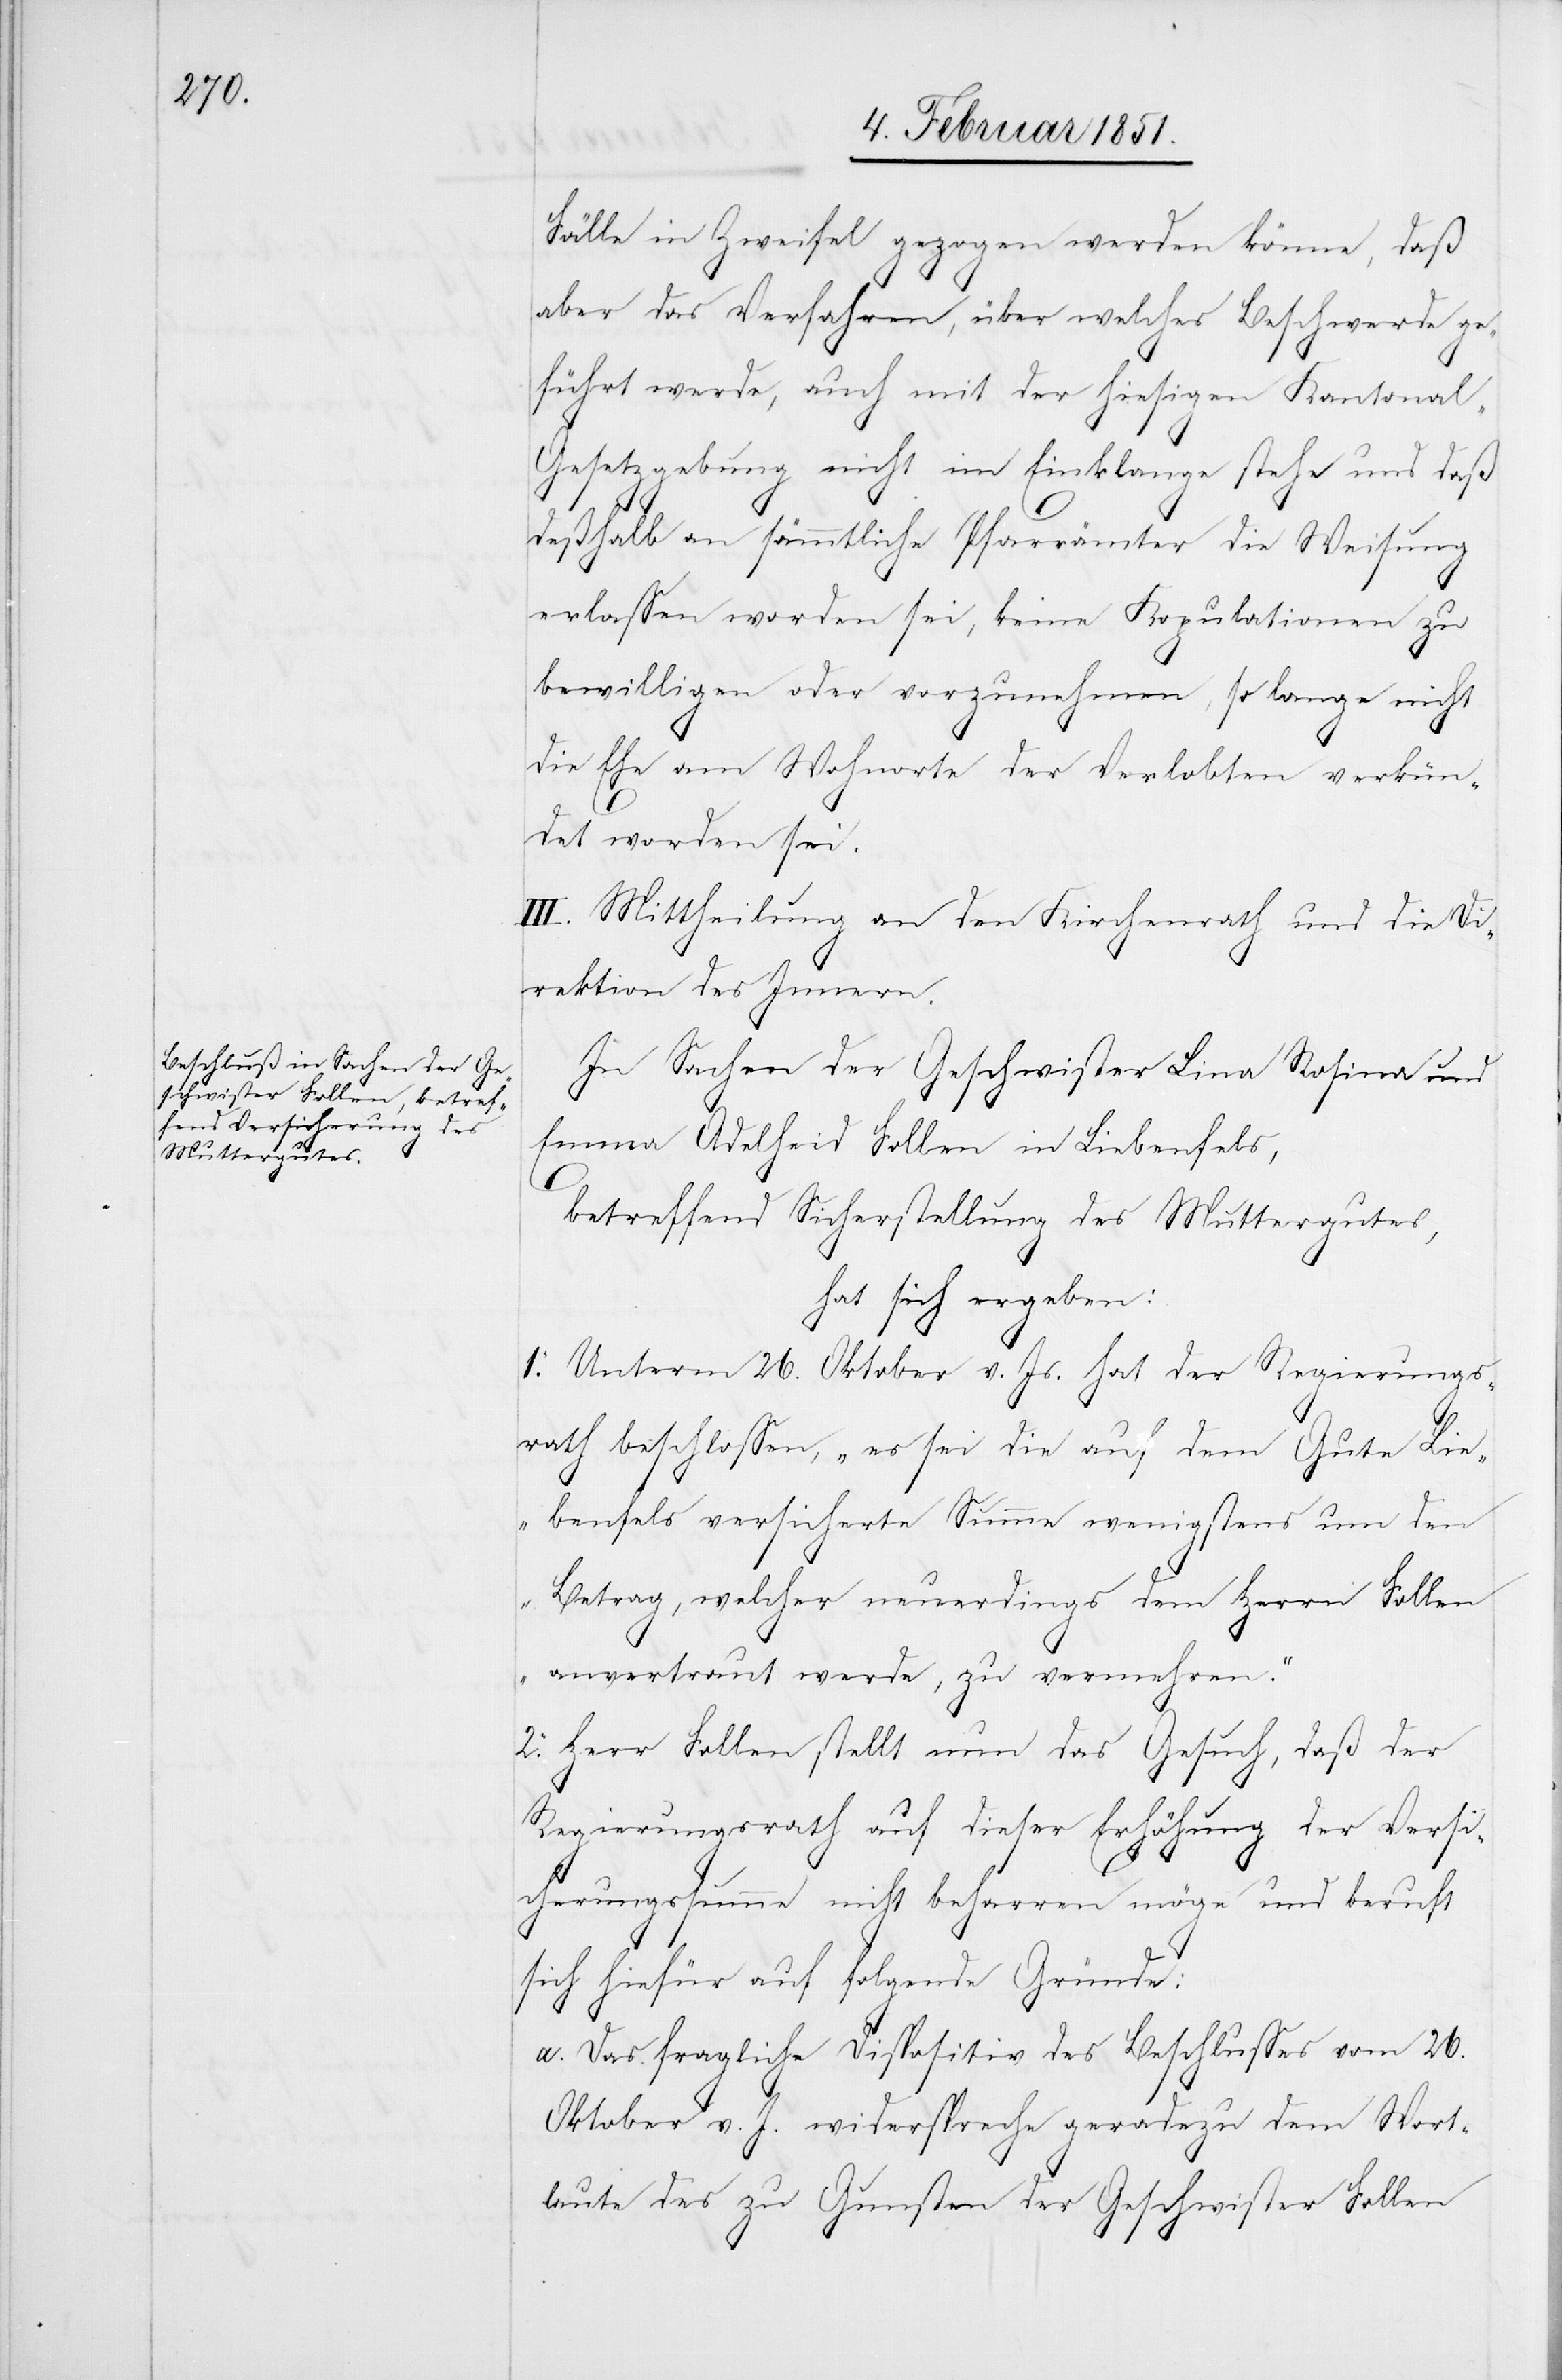
Fälle in Zweifel gezogen werden könne, daß
aber das Verfahren, über welches Beschwerde ge¬
führt werde, auch mit der hiesigen Kantonal-G¬
esetzgebung nicht im Einklange stehe und daß
deßhalb an sämmtliche Pfarrämter die Weisung
erlassen worden sei, keine Kopulationen zu
bewilligen oder vorzunehmen, so lange nicht
die Ehe am Wohnorte der Verlobten verkün¬
det worden sei.
III. Mittheilung an den Kirchenrath und die D¬
irektion des Innern.
In Sachen der Geschwister Lina Rosina und
Emma Adelheid Follen in Liebenfels,
betreffend Sicherstellung des Muttergutes,
hat sich ergeben:
1. Unterm 26. Oktober v. Js. hat der Regierungs¬
rath beschlossen, „es sei die auf dem Gute Lie¬
benfels versicherte Summe wenigstens um den
Betrag, welcher neuerdings dem Herrn Follen
anvertraut werde, zu vermehren.“
2. Herr Follen stellt nun das Gesuch, daß der
Regierungsrath auf dieser Erhöhung der Versic¬
herungssumme nicht beharren möge und beruft
sich hiefür auf folgende Gründe:
Das fragliche Dispositiv des Beschlusses vom 26.
Oktober v. J. widerspreche geradezu dem Wort¬
laute des zu Gunsten der Geschwister Follen